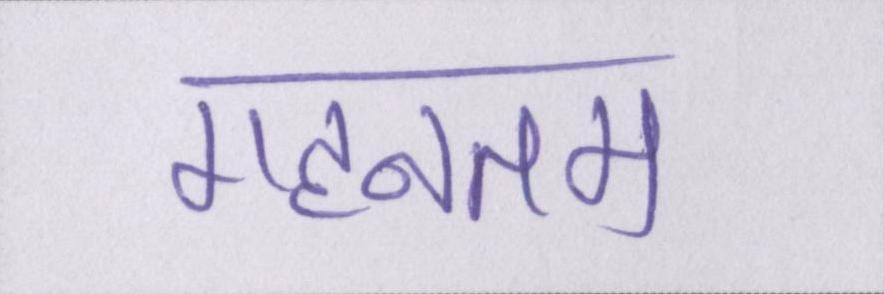
गहनतम